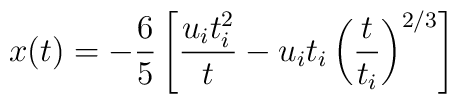
x(t) = - \frac{6}{5} \left[ \frac{u_i t_i^2}{t} - u_i t_i \left(\frac{t}{t_i}\right)^{2/3}\right]